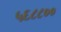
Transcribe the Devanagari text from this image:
५६८८००